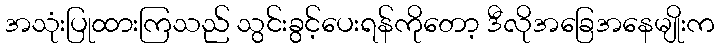
အသုံးပြုထားကြသည် သွင်းခွင့်ပေးရန်ကိုတော့ ဒီလိုအခြေအနေမျိုးက